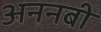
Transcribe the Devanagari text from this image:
अननबी